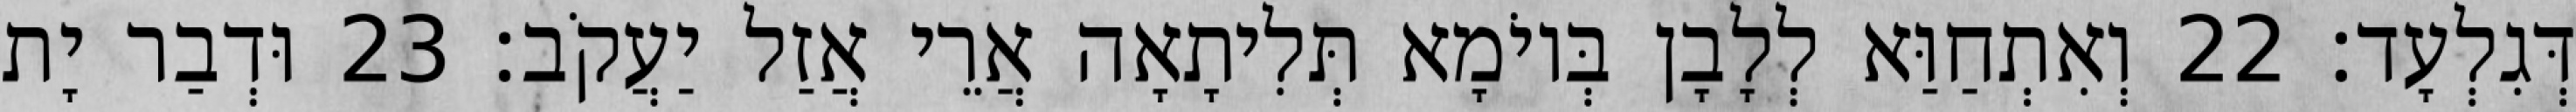
דְּגִלְעָד׃ 22 וְאִתְחַוַּא לְלָבָן בְּיוֹמָא תְּלִיתָאָה אֲרֵי אֲזַל יַעֲקֹב׃ 23 וּדְבַר יָת